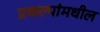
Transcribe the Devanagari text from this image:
प्रकल्पांमधील